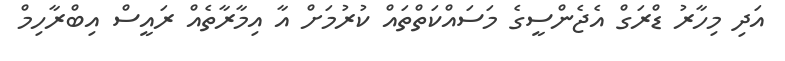
އަދި މިހާރު ޑްރަގް އެޖެންސީގެ މަސައްކަތްތައް ކުރުމަށް އާ އިމާރާތެއް ރައީސް އިބްރާހިމް